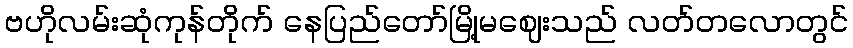
ဗဟိုလမ်းဆုံကုန်တိုက် နေပြည်တော်မြို့မဈေးသည် လတ်တလောတွင်